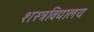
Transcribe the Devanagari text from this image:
शस्त्रविद्यालय